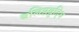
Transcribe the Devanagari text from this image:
बलिष्ठबुद्धि